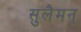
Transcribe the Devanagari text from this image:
सुलैमन्